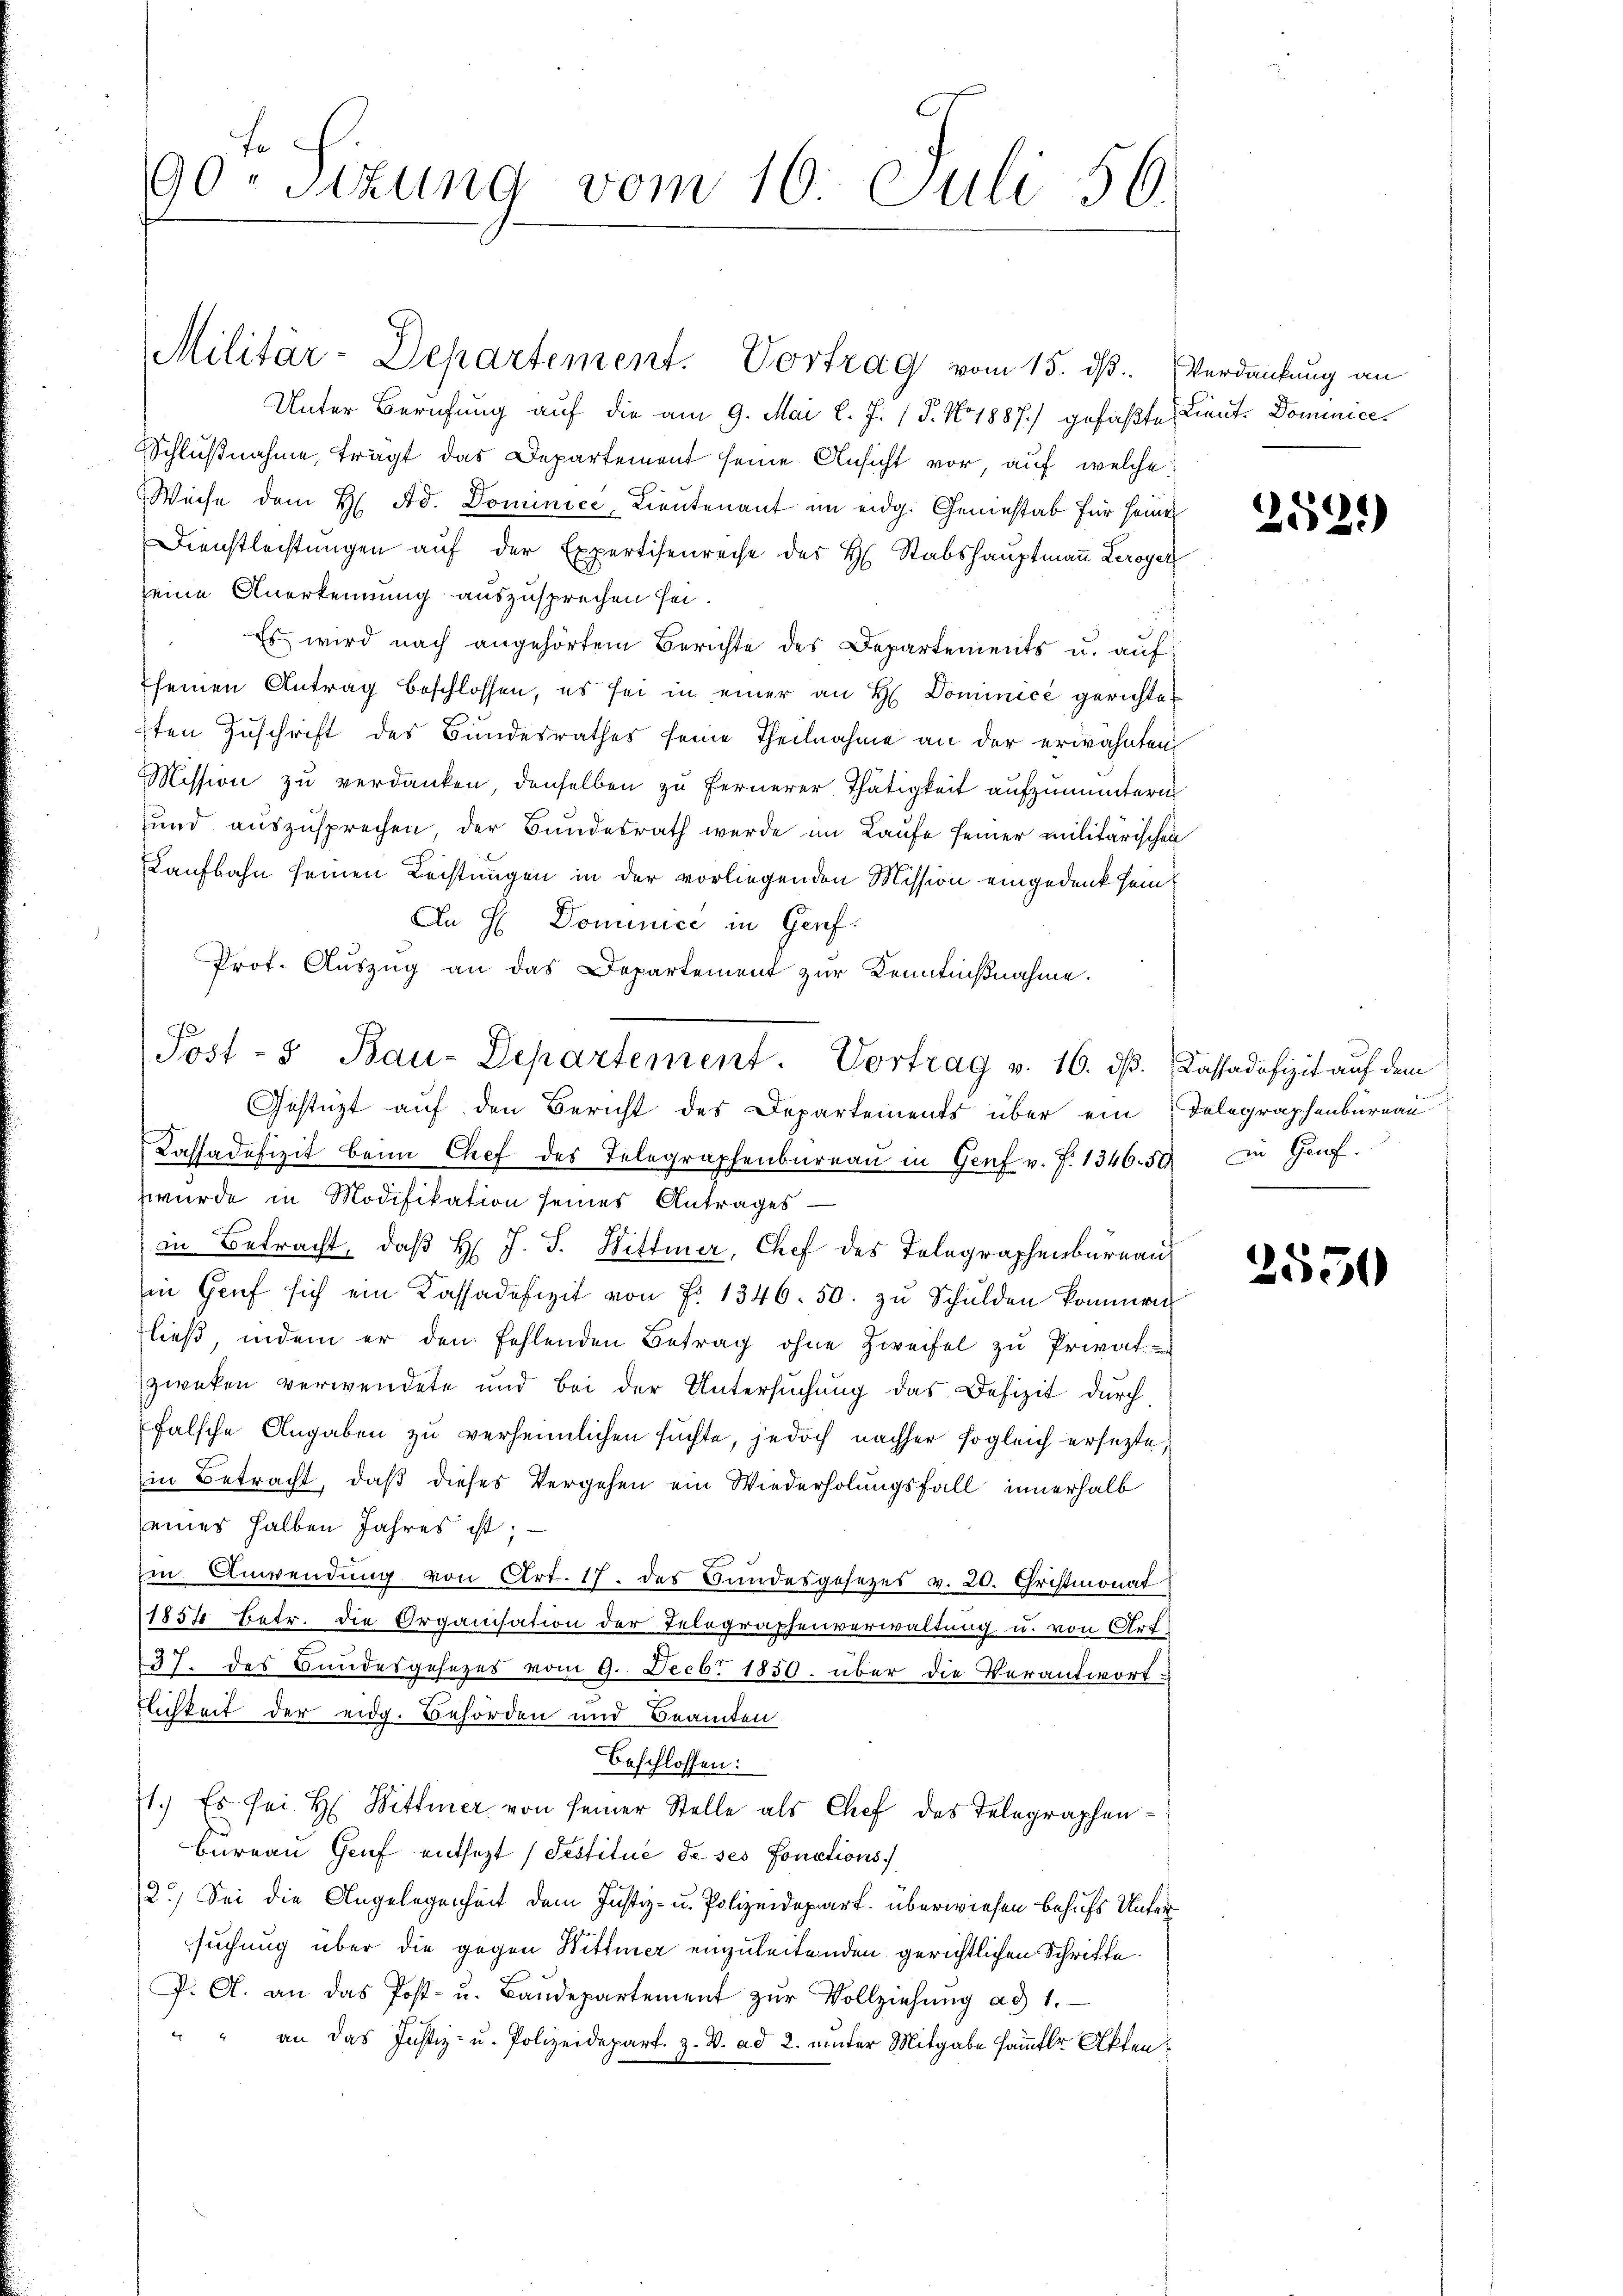
te
90. Sizung vom 10. Juli 56.

Unter Berufung auf die am 9. Mai l. J. (T. No 1887) gefaßte Lient. Dominice¬
Schlußnahme, trägt das Departement seine Ansicht vor, auf welche
Weise dem H. Ad. Dominice, Lieutenant im eidg. Geniestab für seines
Dienstleistŭngen aŭf der Expertisenreise der H. Stabshauptmaṅ Leroyer
seine Anerkennung auszusprechen sei.
Es wird nach angehörtem Berichte des Departements u. auf
seinen Antrag beschlossen, es sei in einer an H. Dominice gerichtet
ten Zuschrift des Bundesrathes seine Theilnahme an der erwähnten
Mission zu verdanken, denselben zu fernerer Thätigkeit aufzumuntern
Hund auszusprechen der Bundesrath werde im Laufe seiner militärischen
Kaufbahn seinen Leistungen in der vorliegenden Mission eingedank sein
An H: Dominice in Genf.
Prot. Auszug an das Departement zur Kenntnißnahme.
Kassadefizit beim Chef des Telegraphenbüreaŭ in Genf v. J. 1346. 50 zu Genf.
zwurde in Modifikation seines Antrages
in Betracht, daß H. J. J. Wittmer, Chef des Telegraphenbureau
in Genf sich ein Kassadefizit von Fr. 1346. 50. zŭ Schulden kommen
ließ, indem er den fehlenden Betrag ohne Zweifel zu Privat-
zwecken verwendete und bei der Untersuchung das Defizit durch
falsche Angaben zu verheimlichen suchte, jedoch nachher sogleich ersetzte,
in Betracht, daß dieses Vergehen ein Wiederholungsfall innerhalb
seines halben Jahres ist;
in Anwendŭng von Art. 17. des Bundesgesetzes v. 20. Christmonat
1857 betr. die Organisation der Telegraphenverwaltung u. von Art.
37. des Bundesgesezes vom 9. Decbr 1850. über die Verantwort
flichkeit der eidg. Behörden und Beamten
Beschlossen:
71.) Es sei. H. Bittier von seiner Stelle als Chef des Telegraphen¬
Bureau Genf entsetzt (Testitué de ses fonctions
2.) Sei die Angelegenheit dem Justiz- u. Polizeidepart. überwiesen behufs Unter
suchung über die gegen Wittmer einzuleitenden gerichtlichen Schrifte.
P. A. an das Post- u. Baŭdepartement zŭr Vollziehŭng ad 1.
" " an das Justiz- u. Polizeidepart. z. B. ad 2. unter Mitgabe sammter Akten¬

Post - Bau-Departement. Vortrag v. 16. ds. Cassadefizit auf dem
Gestüzt auf den Bericht des Departements über ein Telegraphenbureau

Militär-Departement. Vortrag vom 15. ds. Verdankung an

252)

2550